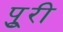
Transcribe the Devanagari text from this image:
पुूरी